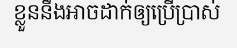
ខ្លួននឹងអាចដាក់ឲ្យប្រើប្រាស់